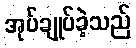
အုပ်ချုပ်ခဲ့သည်